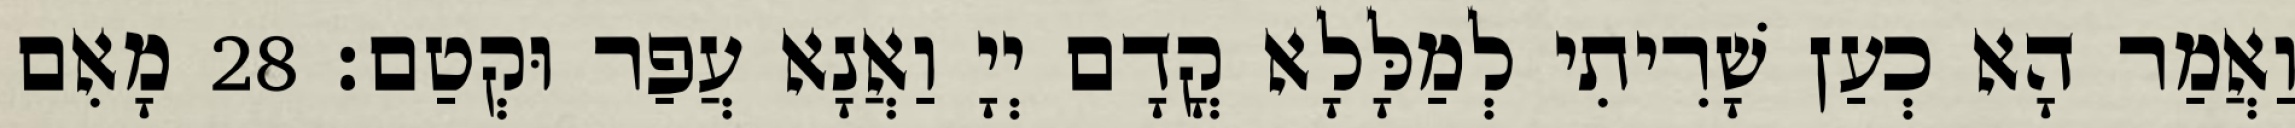
וַאֲמַר הָא כְעַן שָׁרִיתִי לְמַלָּלָא קֳדָם יְיָ וַאֲנָא עֲפַר וּקְטַם׃ 28 מָאִם